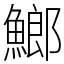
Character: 䱶